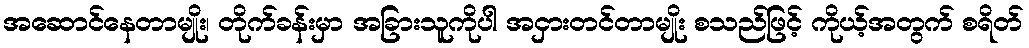
အဆောင်နေတာမျိုး၊ တိုက်ခန်းမှာ အခြားသူကိုပါ အငှားတင်တာမျိုး စသည်ဖြင့် ကိုယ့်အတွက် စရိတ်